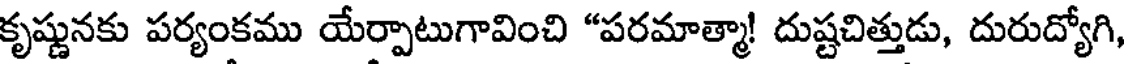
కృష్ణునకు పర్యంకము యేర్పాటుగావించి "పరమాత్మా! దుష్టచిత్తుడు, దురుద్యోగి,